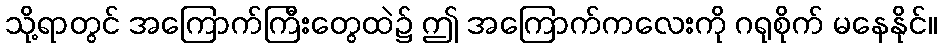
သို့ရာတွင် အကြောက်ကြီးတွေထဲ၌ ဤ အကြောက်ကလေးကို ဂရုစိုက် မနေနိုင်။